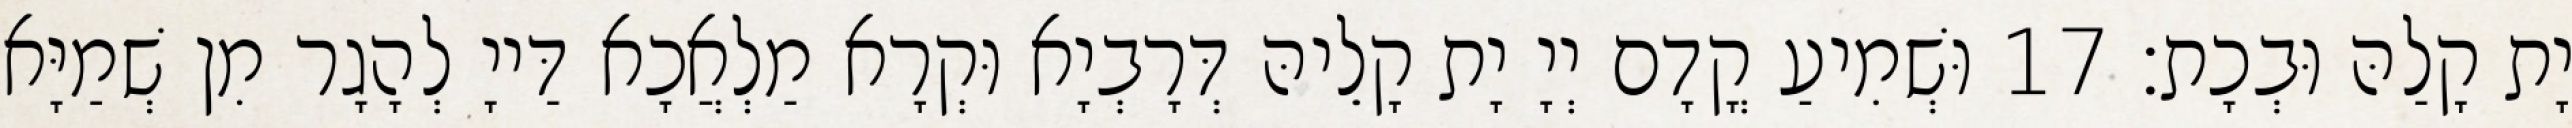
יָת קָלַהּ וּבְכָת׃ 17 וּשְׁמִיעַ קֳדָם יְיָ יָת קָלֵיהּ דְּרָבְיָא וּקְרָא מַלְאֲכָא דַּייָ לְהָגָר מִן שְׁמַיָּא